Report on lock hospitals in British Burma
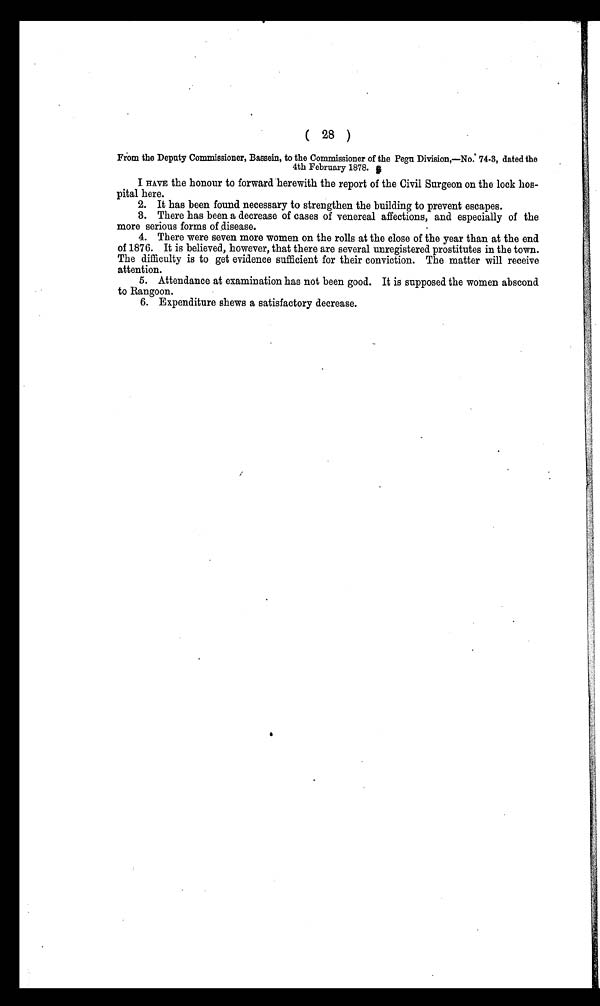
( 28 )
From the Deputy Commissioner, Bassein, to the Commissioner of the Pegu Division,—No. 74.3, dated the
4th February 1878.
I HAVE the honour to forward herewith the report of the Civil Surgeon on the lock hos-
pital here.
2. It has been found necessary to strengthen the building to prevent escapes.
3. There has been a decrease of cases of venereal affections, and especially of the
more serious forms of disease.
4. There were seven more women on the rolls at the close of the year than at the end
of 1876. It is believed, however, that there are several unregistered prostitutes in the town.
The difficulty is to get evidence sufficient for their conviction. The matter will receive
attention.
5. Attendance at examination has not been good. It is supposed the women abscond
to Rangoon.
6. Expenditure shews a satisfactory decrease.